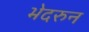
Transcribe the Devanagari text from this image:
भेदरुन